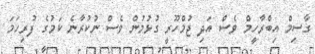
ގާސިމް އިބްރާހީމް ވެސް އަދި ޖުމްހޫރީ ގުޅުމުން ވެސް ނުކުރާނެ ކަމުގެ ފުރިހަމަ